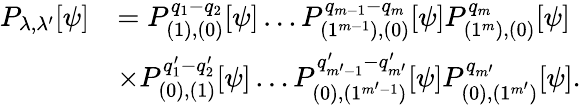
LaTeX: \begin{array}{rl}{P_{\lambda,\lambda^{\prime}}[\psi]}&{=P_{(1),(0)}^{q_{1}-q_{2}}[\psi]\ldots P_{(1^{m-1}),(0)}^{q_{m-1}-q_{m}}[\psi]P_{(1^{m}),(0)}^{q_{m}}[\psi]}\\ &{\times P_{(0),(1)}^{q_{1}^{\prime}-q_{2}^{\prime}}[\psi]\ldots P_{(0),(1^{m^{\prime}-1})}^{q_{m^{\prime}-1}^{\prime}-q_{m^{\prime}}^{\prime}}[\psi]P_{(0),(1^{m^{\prime}})}^{q_{m^{\prime}}}[\psi].}\end{array}